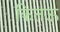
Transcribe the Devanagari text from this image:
कितऊ